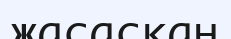
жасасқан